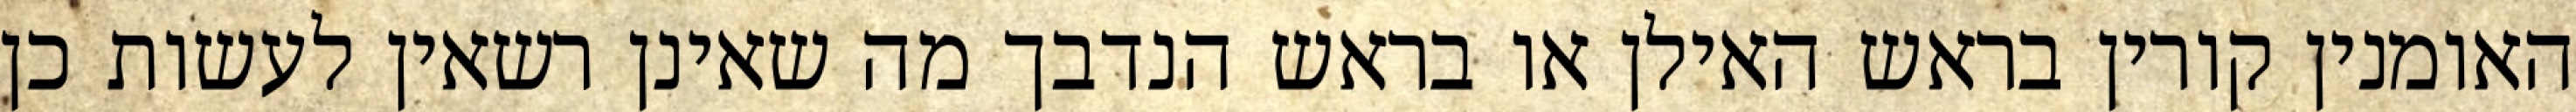
האומנין קורין בראש האילן או בראש הנדבך מה שאינן רשאין לעשות כן